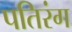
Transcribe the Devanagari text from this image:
पतिरंग